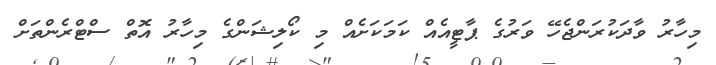
މިހާރު ވާދަކުރަންޖެހޭ ވަރުގެ ޕާޓީއެއް ކަމަކަށެއް މި ކޯލިޝަންގެ މިހާރު އޮތް ސްޓްރެންތަށް